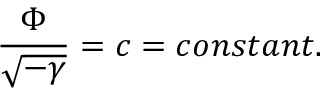
\frac { \Phi } { \sqrt { - \gamma } } = c = c o n s t a n t .